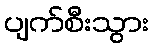
ပျက်စီးသွား